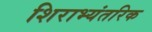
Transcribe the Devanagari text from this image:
शिराभ्यंतरिक